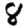
Digit: 8